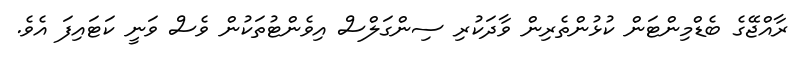
ރާއްޖޭގެ ބެޑްމިންޓަން ކުޅުންތެރިން ވާދަކުރި ސިންގަލްސް އިވެންޓުތަކުން ވެސް ވަނީ ކަޓައިފަ އެވެ.